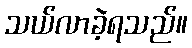
သယ်လာခဲ့ရသည်။